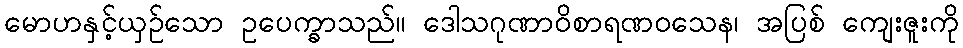
မောဟနှင့်ယှဉ်သော ဥပေက္ခာသည်။ ဒေါသဂုဏာဝိစာရဏဝသေန၊ အပြစ် ကျေးဇူးကို